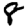
Digit: 8